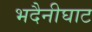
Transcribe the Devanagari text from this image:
भदैनीघाट